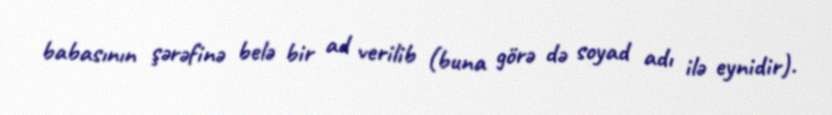
babasının şərəfinə belə bir ad verilib (buna görə də soyad adı ilə eynidir).